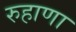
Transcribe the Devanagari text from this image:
रुहाणा